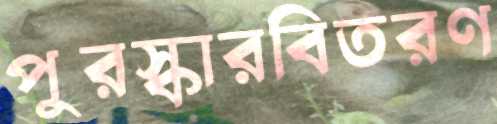
পুরস্কারবিতরণ